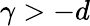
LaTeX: \gamma>-d